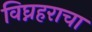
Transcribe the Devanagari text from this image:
विघ्नहराचा